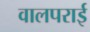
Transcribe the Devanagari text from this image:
वालपराई